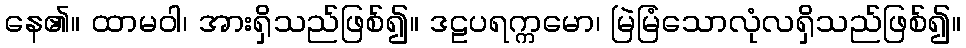
နေ၏။ ထာမဝါ၊ အားရှိသည်ဖြစ်၍။ ဒဠပရက္ကမော၊ မြဲမြံသောလုံလရှိသည်ဖြစ်၍။